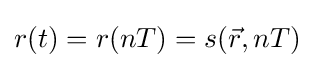
r(t)=r(nT)=s({\vec {r}},nT)